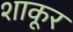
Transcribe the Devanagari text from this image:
शाकूर